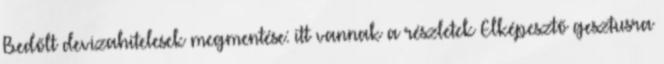
Bedőlt devizahitelesek megmentése: itt vannak a részletek Elképesztő gesztusra